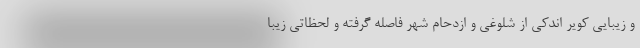
و زیبایی کویر اندکی از شلوغی و ازدحام شهر فاصله گرفته و لحظاتی زیبا